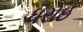
ધરોઈ